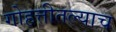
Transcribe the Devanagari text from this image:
गोहत्तीतल्याच